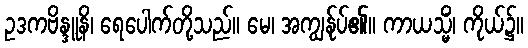
ဥဒကဗိန္ဒူနိ၊ ရေပေါက်တို့သည်။ မေ၊ အကျွန်ုပ်၏။ ကာယသ္မိံ၊ ကိုယ်၌။